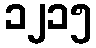
၁၂၁၅